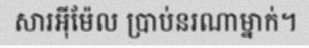
សារអ៊ីម៉ែល ប្រាប់នរណាម្នាក់។